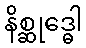
နိစ္ဆုဒ္ဓေါ